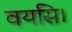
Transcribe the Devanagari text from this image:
वयसि।